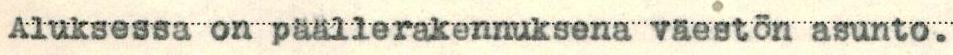
Aluksessa on päällerakennuksena väestön asunto.